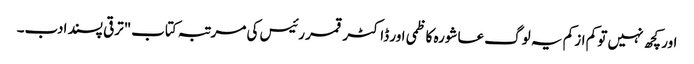
اور کچھ نہیں تو کم از کم یہ لوگ عاشورہ کاظمی اور ڈاکٹر قمر رئیس کی مرتبہ کتاب"ترقی پسند ادب۔